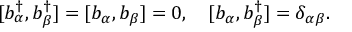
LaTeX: [ b _ { \alpha } ^ { \dagger } , b _ { \beta } ^ { \dagger } ] = [ b _ { \alpha } , b _ { \beta } ] = 0 , \quad [ b _ { \alpha } , b _ { \beta } ^ { \dagger } ] = \delta _ { \alpha \beta } .